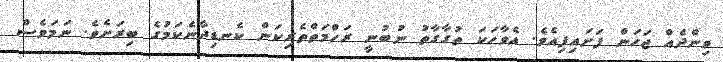
ވިންދެއް ޖަހަން ފަށައިފިއެވެ. އެވާހަކަ ތުގާގާތު ނުބުނީ ރަހްމަތްތެރިކަން ކެނޑިިދާނެކަމުގެ ބިރަށެވެ. ނަމަވެސް